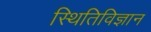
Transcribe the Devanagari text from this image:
स्थितिविज्ञान